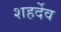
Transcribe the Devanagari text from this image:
शहर्देव